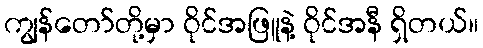
ကျွန်တော်တို့မှာ ဝိုင်အဖြူနဲ့ ဝိုင်အနီ ရှိတယ်။